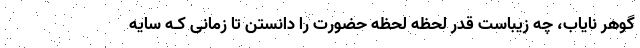
گوهر نایاب، چه زیباست قدر لحظه لحظه حضورت را دانستن تا زمانی کـه سایه